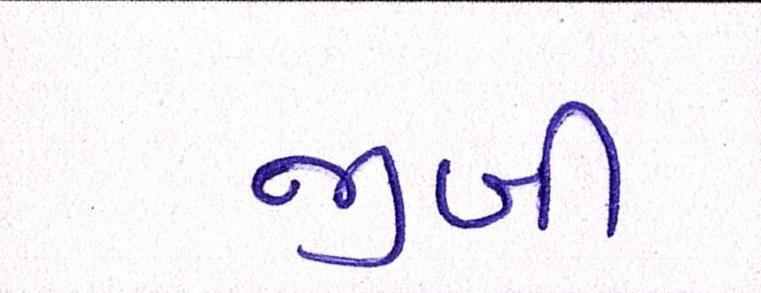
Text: જીબી